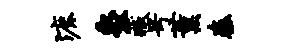
漉灸藏号薰秦